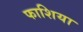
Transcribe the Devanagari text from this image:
फाशिया